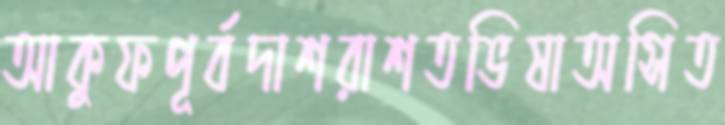
আকুফপূর্বদাশরাশতভিষাঅসিত